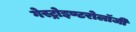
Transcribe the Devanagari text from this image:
गेस्ट्रोइण्टरोलॉजी